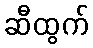
ဆီထွက်